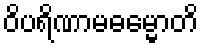
ဝိပရိဏာမဓမ္မောတိ